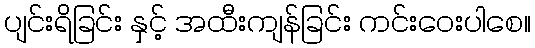
ပျင်းရိခြင်း နှင့် အထီးကျန်ခြင်း ကင်းဝေးပါစေ။